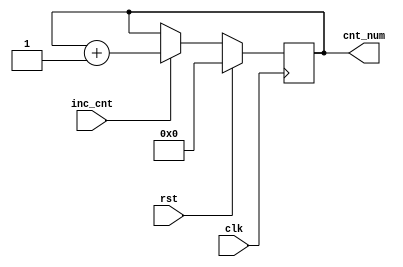
module coutnter(clk,rst,cnt_num,inc_cnt);
  input clk,rst,inc_cnt;
  output reg [3:0] cnt_num;
  always @(posedge clk) begin
    if(rst) cnt_num <= 4'b0;
    else begin
      if(inc_cnt) cnt_num <= cnt_num+1;
    end
    
    
  end
endmodule